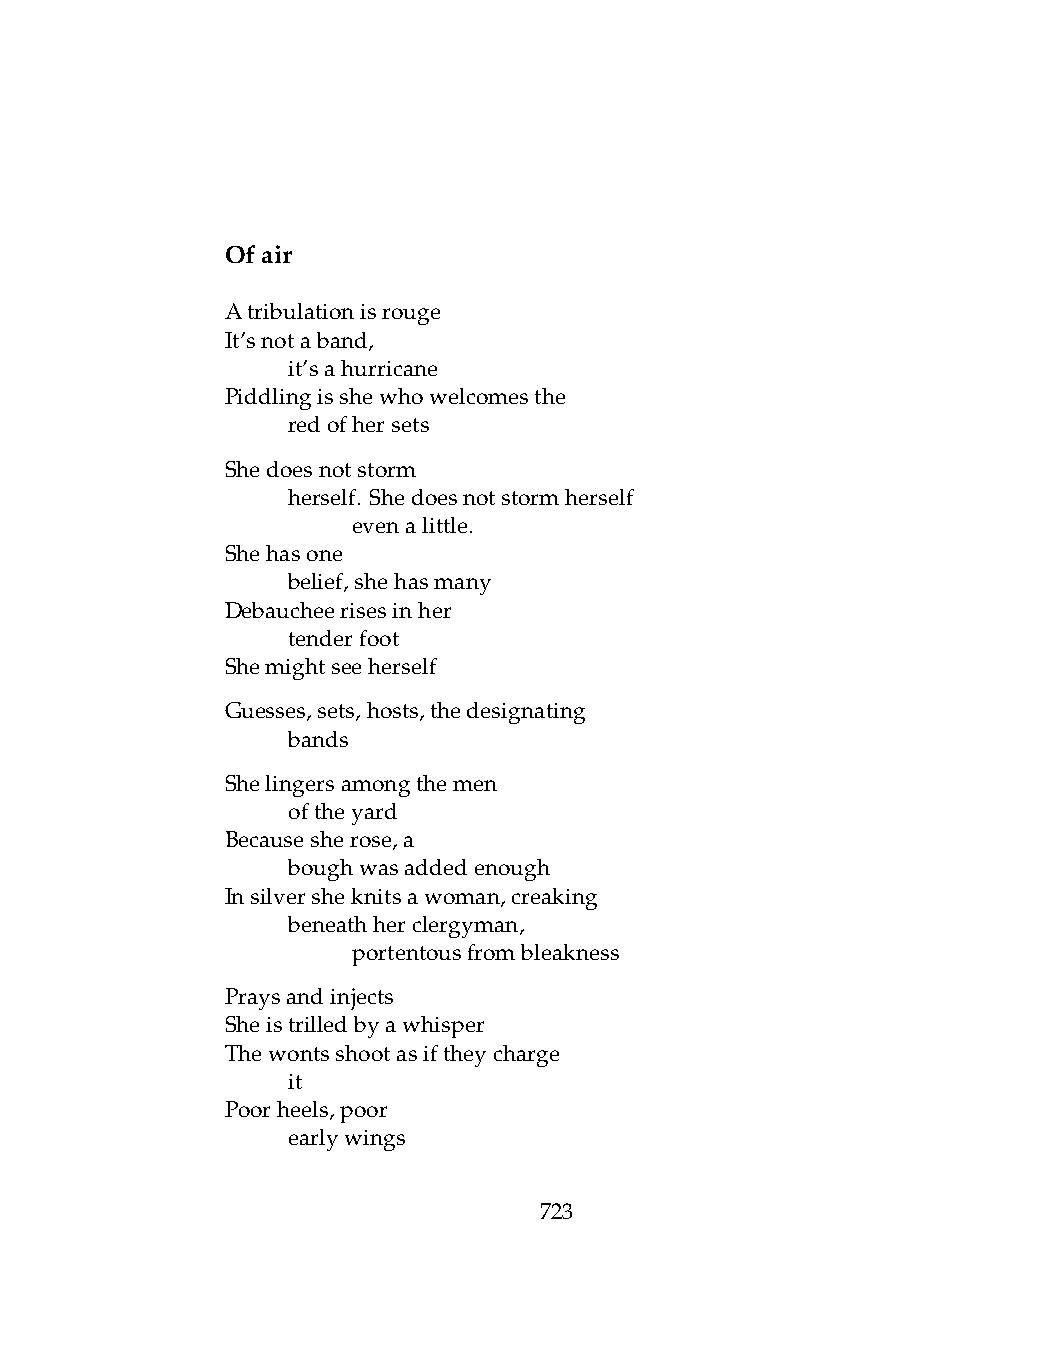
Ofair
 Atribulationisrouge
 It’snotaband,
 .   it’sahurricane
 Piddlingisshewhowelcomesthe
 .   redofhersets
 Shedoesnotstorm
 .   herself. Shedoesnotstormherself
 .   .   evenalittle.
 Shehasone
 .   belief,shehasmany
 Debaucheerisesinher
 .   tenderfoot
 Shemightseeherself
 Guesses,sets,hosts,thedesignating
 .   bands
 Shelingersamongthemen
 .   oftheyard
 Becausesherose,a
 .   boughwasaddedenough
 Insilversheknitsawoman,creaking
 .   beneathherclergyman,
 .   .   portentousfrombleakness
 Praysandinjects
 Sheistrilledbyawhisper
 Thewontsshootasiftheycharge
 .   it
 Poorheels,poor
 .   earlywings
 723